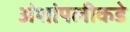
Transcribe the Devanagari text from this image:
अंशांपलीकडे